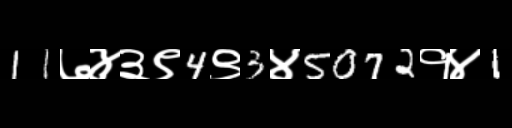
Text: 11७४३९4९3४5072१४1